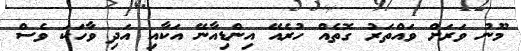
މޫނު ވަރަށް ވައްތަރު ގޮތެއް ހުރެއޭ އިންޑިއާނޭ އަކާއި އަދި ވާހަކަ ވެސް